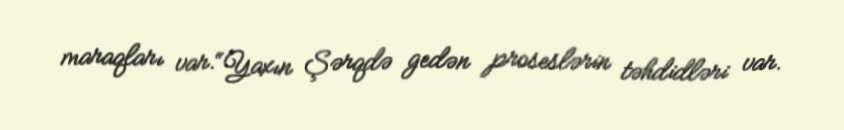
maraqları var.“Yaxın Şərqdə gedən proseslərin təhdidləri var.